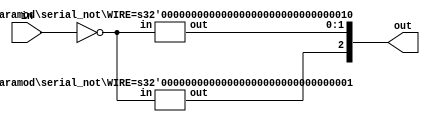
module serial_not(out, in);
   parameter WIRE = 3;
   parameter N1 = (WIRE / 2) + (WIRE % 2); //1+1 = 2
   parameter N2 = WIRE / 2;                //    = 1

   input  in;
   output [WIRE-1 : 0] out;

   wire 	       l1, l2;

   if (WIRE == 1)
     assign out = in;
   else if (WIRE > 1)
     begin
	not not1(l1, in);
	not not2(l2, in);
	serial_not #(.WIRE(N1)) recall1(out[N1-1:0], l1);   //1:0 = 2bit
	serial_not #(.WIRE(N2)) recall2(out[WIRE-1:N1], l2);//2:2 = 1bit
     end
endmodule